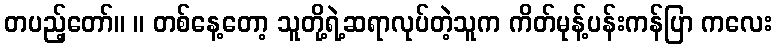
တပည့်တော်။ ။ တစ်နေ့တော့ သူတို့ရဲ့ဆရာလုပ်တဲ့သူက ကိတ်မုန့်ပန်းကန်ပြာ ကလေး